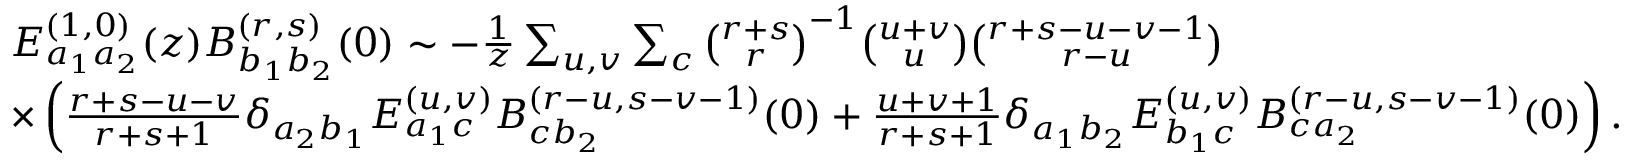
\begin{array} { r l } & { E _ { a _ { 1 } a _ { 2 } } ^ { ( 1 , 0 ) } ( z ) B _ { b _ { 1 } b _ { 2 } } ^ { ( r , s ) } ( 0 ) \sim - \frac { 1 } { z } \sum _ { u , v } \sum _ { c } \binom { r + s } { r } ^ { - 1 } \binom { u + v } { u } \binom { r + s - u - v - 1 } { r - u } } \\ & { \times \left( \frac { r + s - u - v } { r + s + 1 } \delta _ { a _ { 2 } b _ { 1 } } E _ { a _ { 1 } c } ^ { ( u , v ) } B _ { c b _ { 2 } } ^ { ( r - u , s - v - 1 ) } ( 0 ) + \frac { u + v + 1 } { r + s + 1 } \delta _ { a _ { 1 } b _ { 2 } } E _ { b _ { 1 } c } ^ { ( u , v ) } B _ { c a _ { 2 } } ^ { ( r - u , s - v - 1 ) } ( 0 ) \right) . } \end{array}